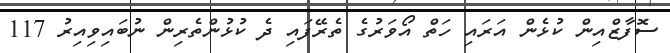
ސޮފާޒްއިން ކުޅެން އަރައި ހަތް އޯވަރުގެ ތެރޭފައި ދެ ކުޅުންތެރިން ނުބައިވިއިރު 117